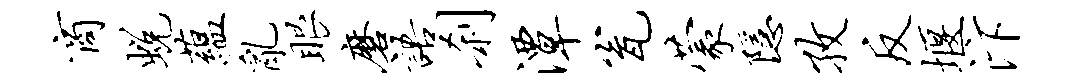
商蜕蕴乱眼磨语刹潭瓮蒙隐孜反堰汴